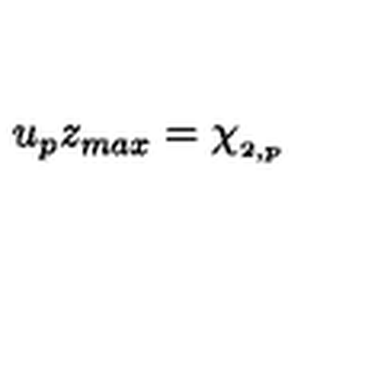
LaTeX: u _ { p } z _ { m a x } = \chi _ { _ { 2 , p } }